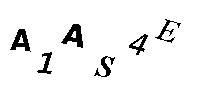
A1AS4E